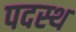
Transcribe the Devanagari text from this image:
पदस्‍थ